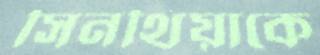
সিনথিয়াকে